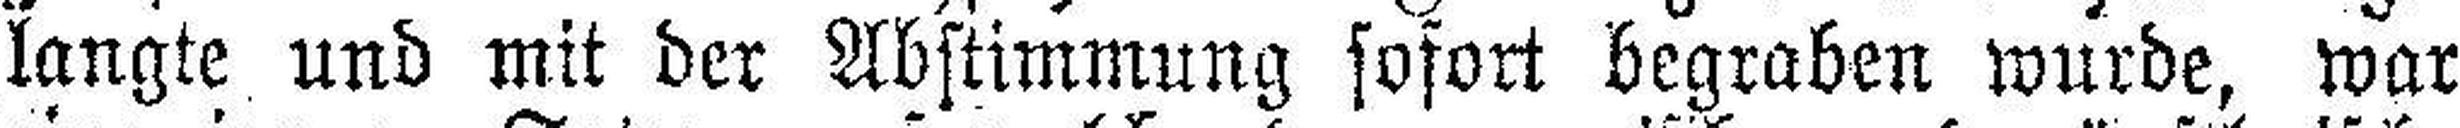
langte und mit der Abstimmung sofort begraben wurde, war